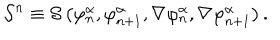
LaTeX: { \cal S } ^ { n } \equiv { \cal S } \left( \varphi _ { n } ^ { \alpha } , \varphi _ { n + 1 } ^ { \alpha } , \nabla \varphi _ { n } ^ { \alpha } , \nabla \varphi _ { n + 1 } ^ { \alpha } \right) .